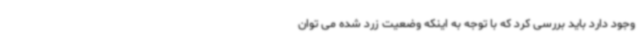
وجود دارد باید بررسی کرد که با توجه به اینکه وضعیت زرد شده می توان